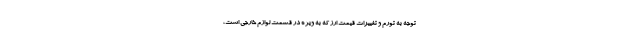
توجه به تورم و تغییرات قیمت ارز که به ویژه در قسمت لوازم خارجی است،